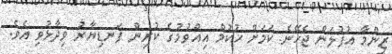
ޒިންމާ އުފުލަން ޖެހޭނެ ކަމަށް ހުކުމް އިއްވުމުގެ ކުރިން ފަނޑިޔާރު ވިދާޅުވި އެވެ.